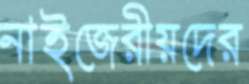
নাইজেরীয়দের